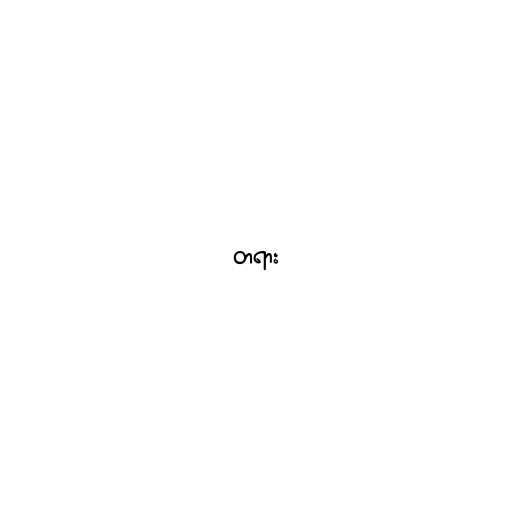
တရား